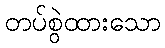
တပ်စွဲထားသော